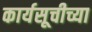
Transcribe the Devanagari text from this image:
कार्यसूचीच्या